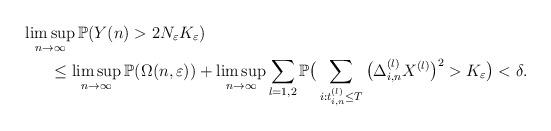
LaTeX: \begin{align*}&\limsup_{n \rightarrow \infty} \mathbb{P}(Y(n)>2N_\varepsilon K_\varepsilon)\\&~~~~~\leq \limsup_{n \rightarrow \infty} \mathbb{P}(\Omega(n,\varepsilon)) +\limsup_{n \rightarrow \infty} \sum_{l=1,2}\mathbb{P}\big(\sum_{i:t_{i,n}^{(l)} \leq T} \big(\Delta_{i,n}^{(l)} X^{(l)}\big)^2> K_\varepsilon\big)<\delta.\end{align*}